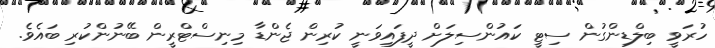
ހުރަވީ ބިލްޑިންގުން ސިޓީ ކައުންސިލަށް ދީފައިވަނީ ކުރިން ޖެންޑާ މިނިސްޓްރީން ބޭނުންކުރި ބައެވެ.